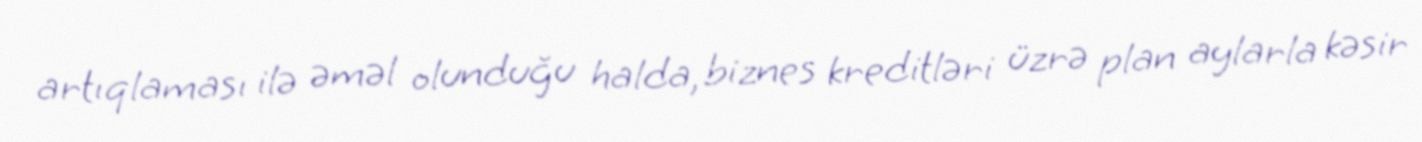
artıqlaması ilə əməl olunduğu halda, biznes kreditləri üzrə plan aylarla kəsir